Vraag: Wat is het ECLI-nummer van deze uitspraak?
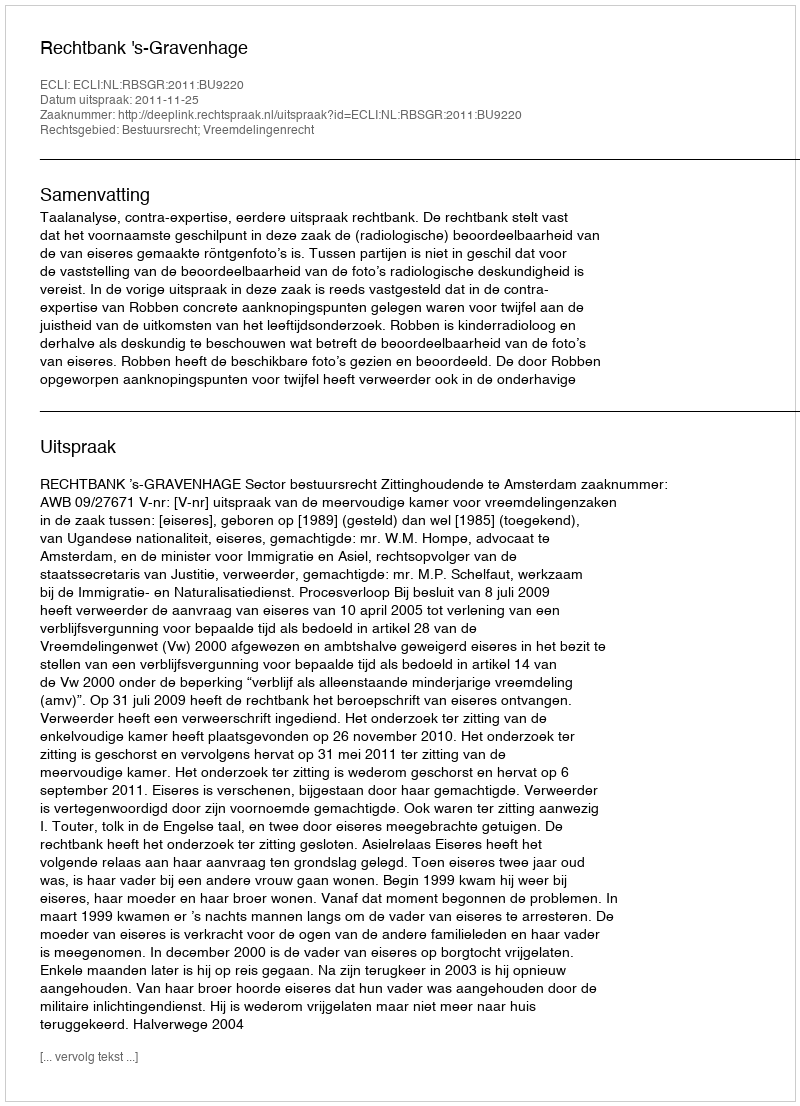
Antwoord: ECLI:NL:RBSGR:2011:BU9220